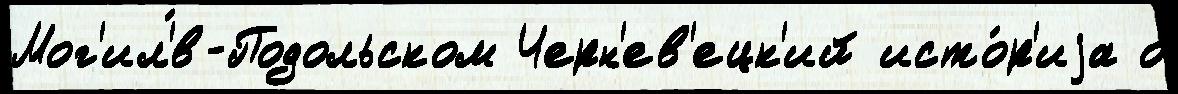
Мог'ил'́в-Подольском Черн'ев'ецк'ий исто́р'иjа о